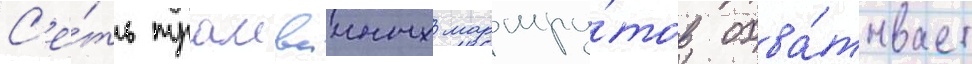
С'е́ть трамваиных маршру́тов охва́тывает